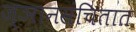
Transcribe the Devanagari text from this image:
ज्ञानसंचितात